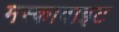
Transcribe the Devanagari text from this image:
मस्कावाइट